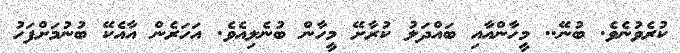
ކުރެވުނެވެ. ބުނޭ.. މީހާންއާއި ބައްދަލު ކުރާށޭ މީހާން ބުނެލިއެވެ. އަހަރެން އާއެކޭ ބުނުމަށްފަހު